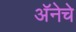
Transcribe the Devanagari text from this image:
अॅनेचे